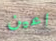
اعين